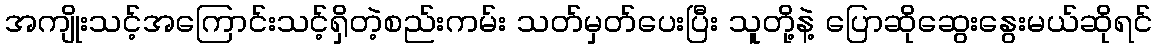
အကျိုးသင့်အကြောင်းသင့်ရှိတဲ့စည်းကမ်း သတ်မှတ်ပေးပြီး သူတို့နဲ့ ပြောဆိုဆွေးနွေးမယ်ဆိုရင်